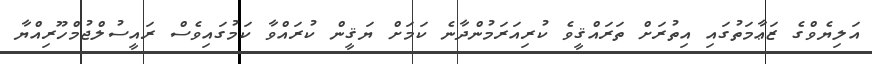
އަލިޔެވްގެ ޒަޢާމަތުގައި އިތުރަށް ތަރައްޤީވެ ކުރިއަރަމުންދާނެ ކަމަށް ޔަޤީން ކުރައްވާ ކަމުގައިވެސް ރައީސުލްޖުމްހޫރިއްޔާ